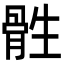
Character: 𮪨